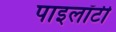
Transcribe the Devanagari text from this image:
पाइलॉटी